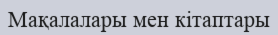
Мақалалары мен кітаптары